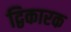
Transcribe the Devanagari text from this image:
द्विकारक